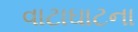
વાટાઘાટના